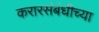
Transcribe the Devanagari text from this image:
करारसंबंधीच्या